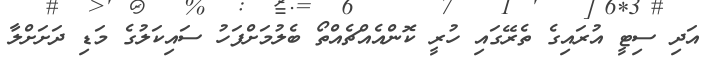
އަދި ސިޓީ އުރައިގެ ތެރޭގައި ހުރީ ކޮންއެއްޗެއްތޯ ބެލުމަށްފަހު ސައިކަލުގެ މަޑި ދަށަށްލާ